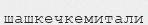
шашкечкемитали